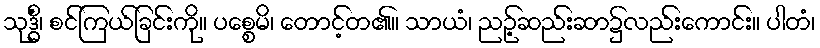
သုဒ္ဓိံ၊ စင်ကြယ်ခြင်းကို။ ပစ္စေမိ၊ တောင့်တ၏။ သာယံ၊ ညဉ့်ဆည်းဆာ၌လည်းကောင်း။ ပါတံ၊